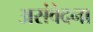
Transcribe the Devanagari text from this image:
असंवेदना